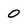
Character: 0